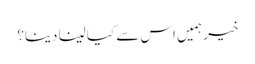
خیر ہمیں اس سے کیا لینا دینا؟